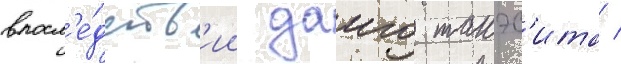
впосл'е́дств'ии даиго такэс'ита /